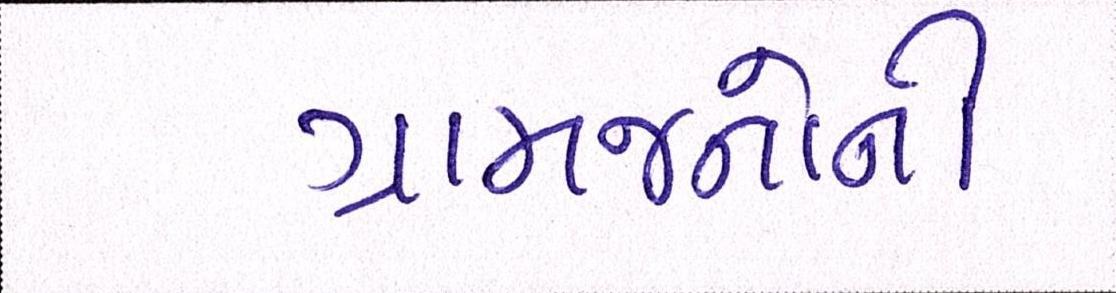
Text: ગ્રામજનોની